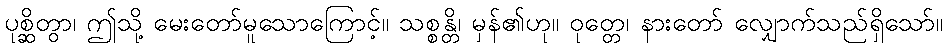
ပုစ္ဆိတွာ၊ ဤသို့ မေးတော်မူသောကြောင့်။ သစ္စန္တိ၊ မှန်၏ဟု။ ဝုတ္တေ၊ နားတော် လျှောက်သည်ရှိသော်။